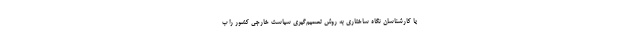
یا کارشناسان نگاه ساختاری به روش تصمیم‌گیری سیاست خارجی کشور را ب